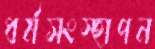
ধর্মসংস্হাপন